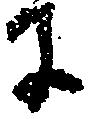
に